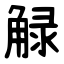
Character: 觮